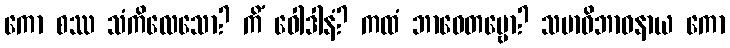
ကော စဿ သံကိလေသော? ကိံ ဝေါဒါနံ? ကထံ ဘာဝေတဗ္ဗော? သမာဓိဘာဝနာယ ကော